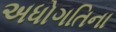
અધોગતિના